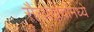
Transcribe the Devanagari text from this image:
सैन्यखर्चामध्ये